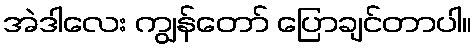
အဲဒါလေး ကျွန်တော် ပြောချင်တာပါ။